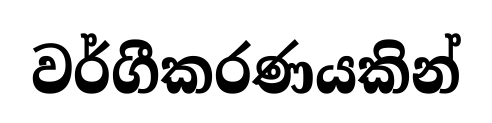
වර්ගීකරණයකින්